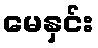
မေနှင်း